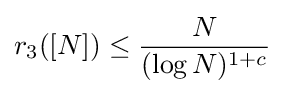
r_{3}([N])\leq {\frac {N}{(\log N)^{1+c}}}